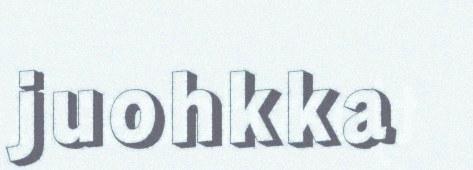
juohkka